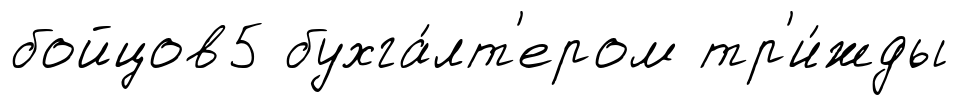
бойцов5 бухга́лт'ером тр'и́жды